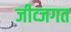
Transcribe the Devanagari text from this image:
जीव्जगत